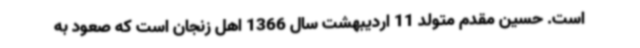
است. حسین مقدم متولد 11 اردیبهشت سال 1366 اهل زنجان است که صعود به